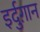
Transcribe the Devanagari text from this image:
इर्दुग़ान